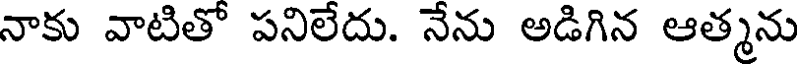
నాకు వాటితో పనిలేదు. నేను అడిగిన ఆత్మను